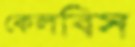
কেলবিস